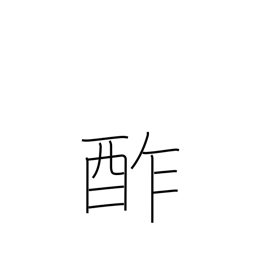
Meaning: sour